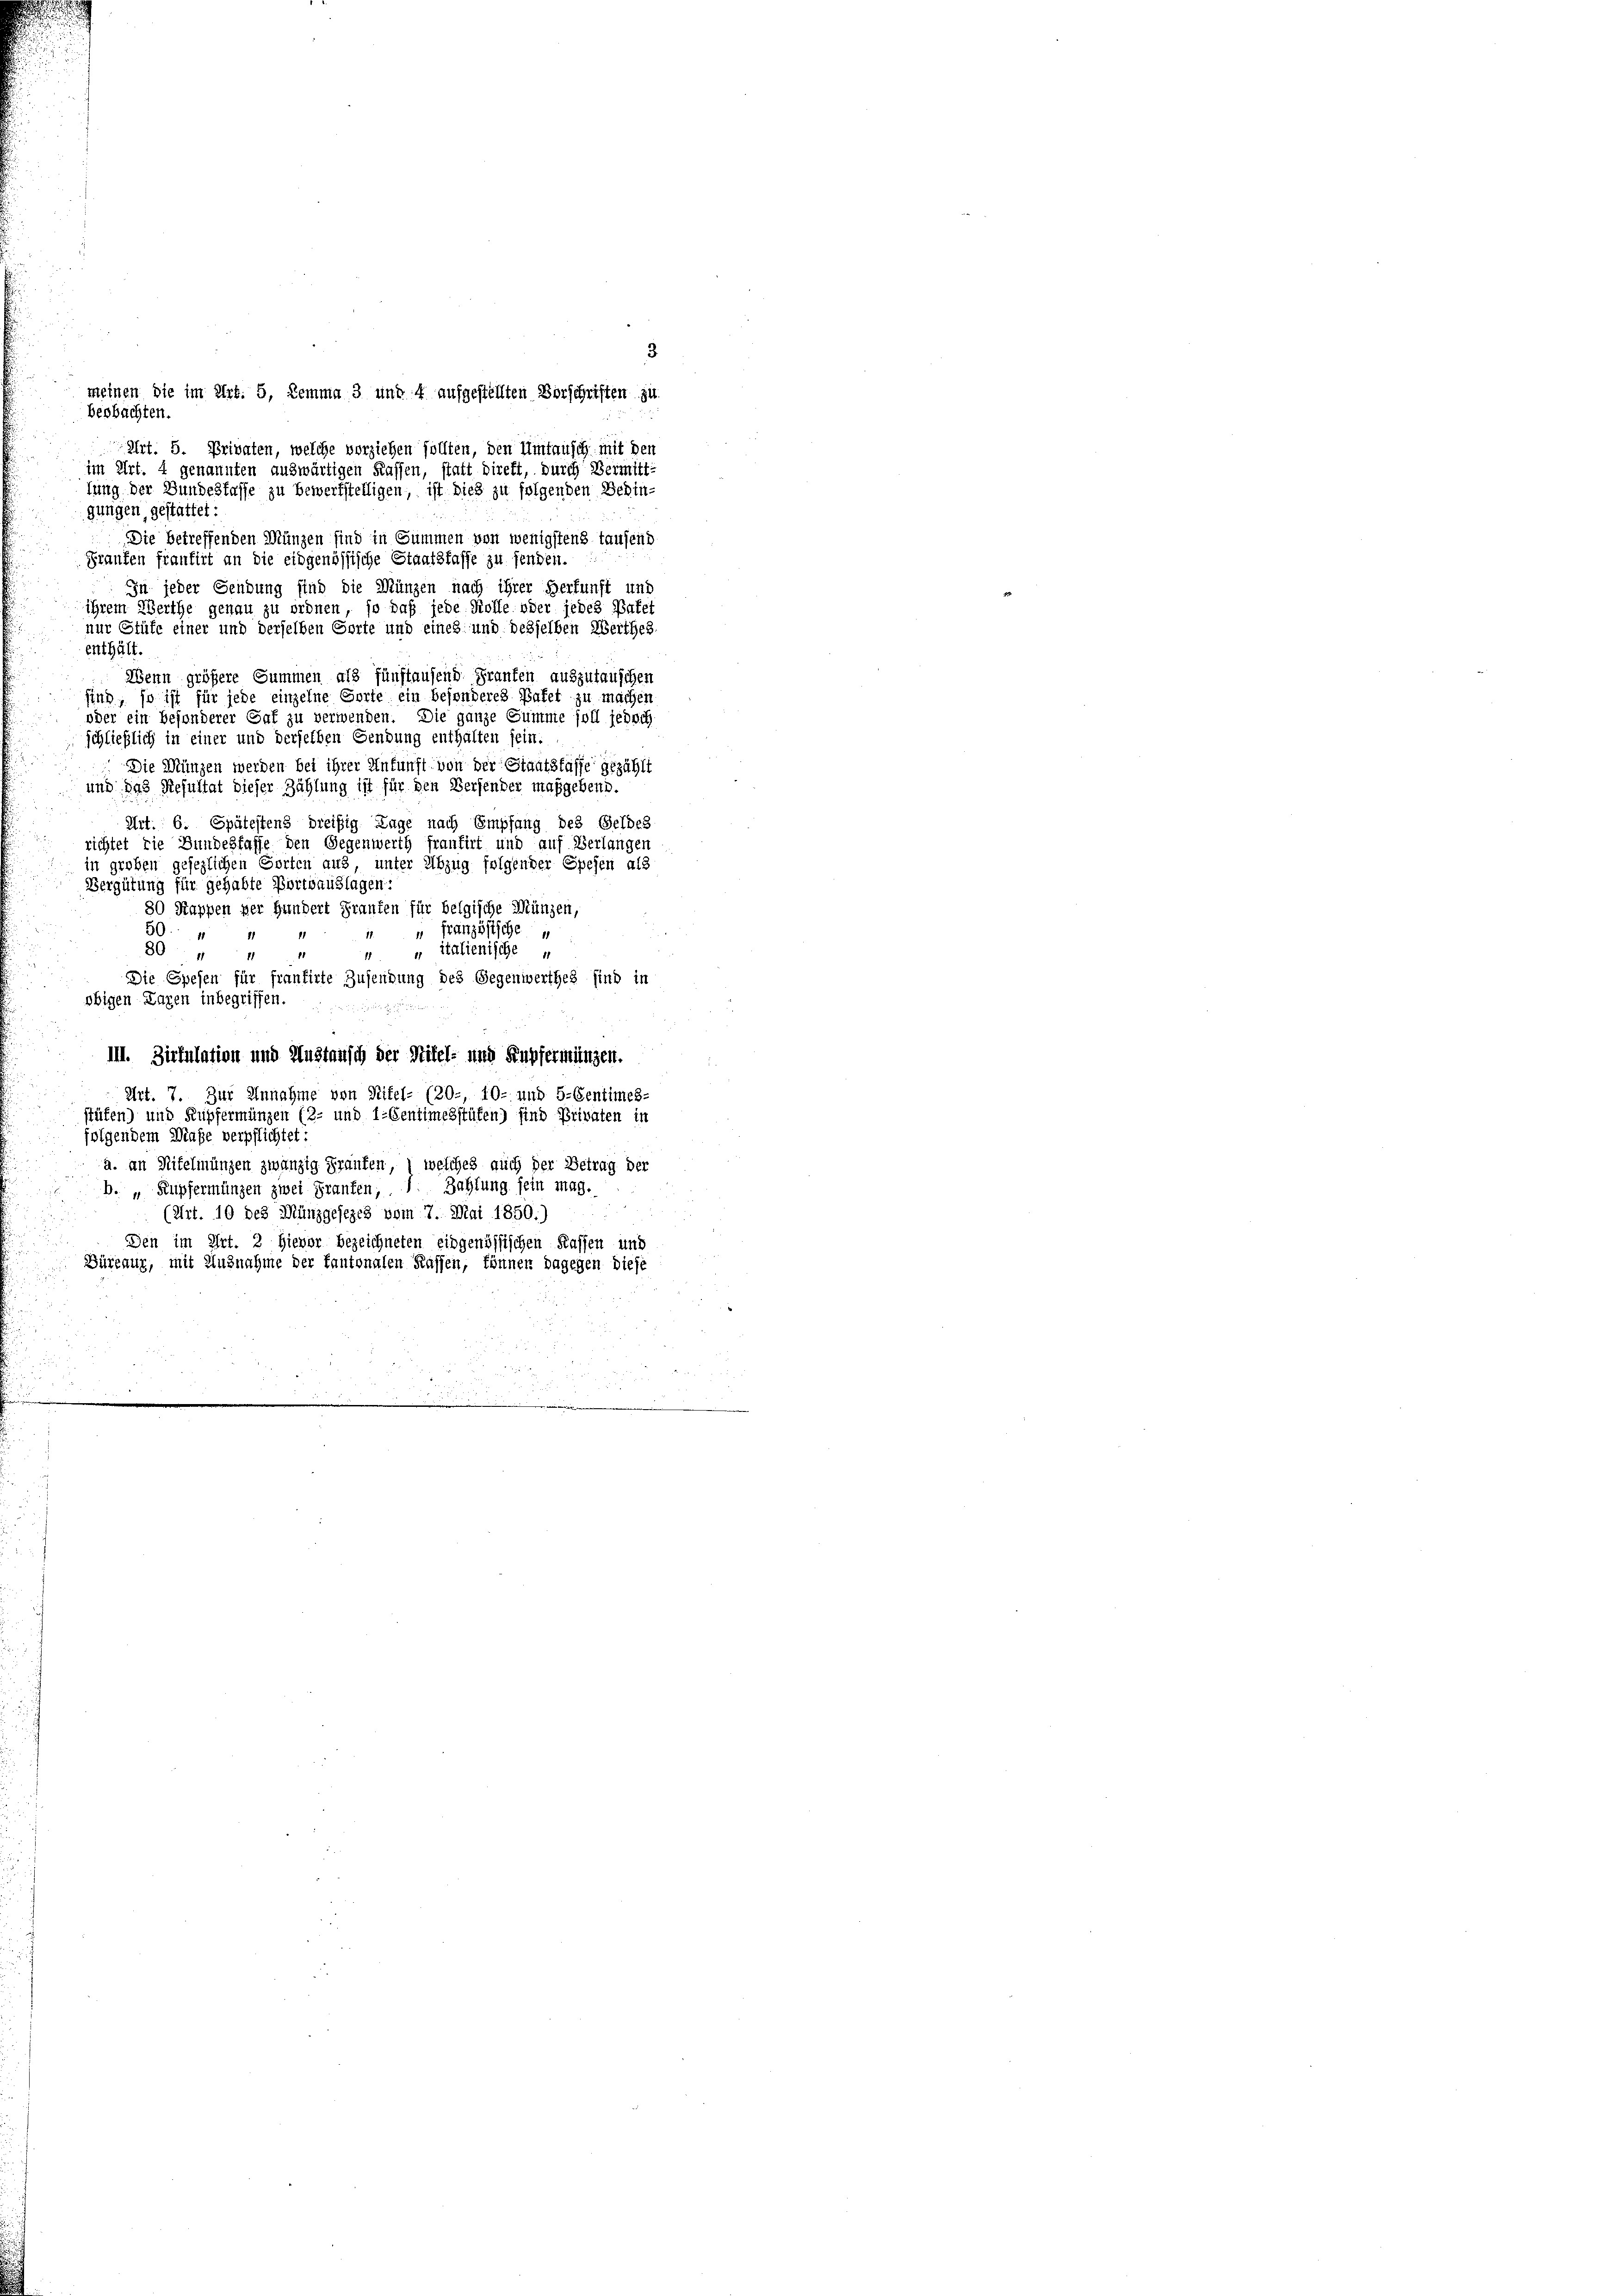
beobachten.
enthält.
Die Münzen werden bei ihrer Ankunft von der Staatsfasse gezählt
und das Resultat dieser Zählung ist für den Versender maßgebend.
Art. 6. Spätestens dreißig Tage nach Empfang des Geldes
richtet die Bundesfasse den Gegenwerth frantirt und auf Verlangen
in großen gesezlichen Gorten aus, unter Abzug folgender Spesen als
Vergütung für gehabte Portoauslagen:
80 Kappen per Hundert Franken für belgische Münzen,
50
 französische
„ italienische
80 " 4
11
1
Die Spesen für frantirte Zusendung des Gegenwerthes sind in
obigen Lagen inbegriffen.
III. Zirkulation und Hustansch der Stifel- und Kupfermingen.
Art. 7. Zur Annahme von Rifel- (20.- 10- und 5-Centimes-
stufen) und Kupfermangen (2- und 1-Sentimesstufen) sind Privaten in
folgendem Maße verpflichtet:
a. an Mitelmungen zwanzig Franken, , welches auch der Betrag der
b. „Kupfermangen zwei Graufen; 1. Zahlung sein mag.
(Art. 10 des Münzgesezes vom 7. Mai 1850.)
Den im Art. 2 Hievor bezeichneten eidgenössischen Kassen und
Büreaur, mit Ausnahme der kantonalen Kassen, können dagegen diese

meinen die im Art. 5, Remma 3 und 4 aufgestellten Vorschriften zu
Art. 5. Privaten, welche verziehen sollten, den Umtausch mit den
im Art. 4 genannten auswärtigen Klassen, statt direkt, durch Vermittlung der Bundesfasse zu bewerkstelligen, ist dies zu folgenden Behin-
gungen gestattet:
Die betreffenden Münzen sind in Summen von wenigstens tausend
Graufen frantirt an die eidgenössische Staatsfasse zu senden.
In jeder Sendung sind die Münzen nach ihrer Herfunft und
ihrem Werthe genau zu ordnen, so daß jede Kolle oder jedes Patef
nur Stufe einer und derselben Sorte und eines und desselben Werthes,
Wenn größere Summen als fünftausend Franten auszutauschen
sind, so ist für jede einzelne Sorte ein besonderes Bafet zu machen,
oder ein besonderer Gaf zu verwenden. Die ganze Summe soll jedoch
schließlich in einer und derselben Gendung enthalten sein.